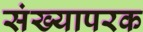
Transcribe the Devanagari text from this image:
संख्यापरक